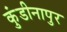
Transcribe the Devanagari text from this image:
कुंडीनापुर